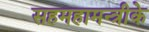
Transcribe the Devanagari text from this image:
सहमहामन्त्रीके